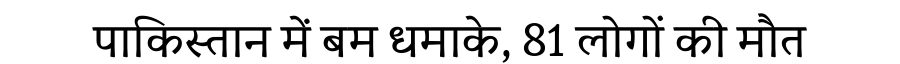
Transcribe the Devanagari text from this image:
पाकिस्तान में बम धमाके, 81 लोगों की मौत